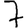
Digit: 7